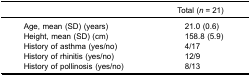
<table><thead><tr><td><b> </b></td><td><b>Total (<i>n</i> = 21)</b></td></tr></thead><tbody><tr><td>Age, mean (SD) (years)</td><td>21.0 (0.6)</td></tr><tr><td>Height, mean (SD) (cm)</td><td>158.8 (5.9)</td></tr><tr><td>History of asthma (yes/no)</td><td>4/17</td></tr><tr><td>History of rhinitis (yes/no)</td><td>12/9</td></tr><tr><td>History of pollinosis (yes/no)</td><td>8/13</td></tr></tbody></table>